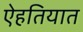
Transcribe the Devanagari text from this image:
ऐहतियात